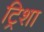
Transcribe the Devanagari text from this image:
ट्रिशा